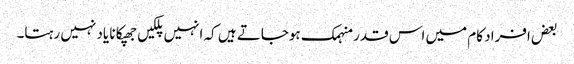
بعض افراد کام میں اس قدر منہمک ہوجاتے ہیں کہ انہیں پلکیں جھپکانا یاد نہیں رہتا۔